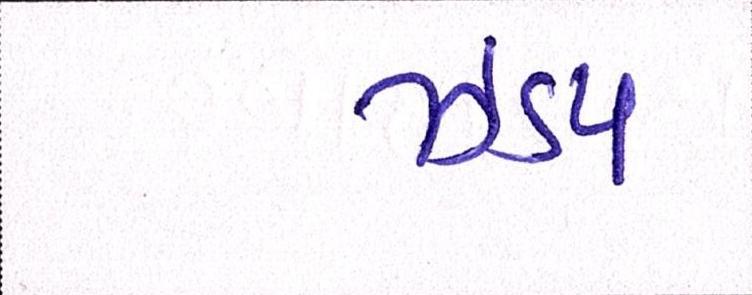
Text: ઝડપ